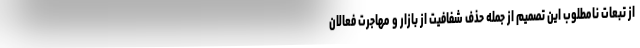
از تبعات نامطلوب این تصمیم از جمله حذف شفافیت از بازار و مهاجرت فعالان